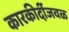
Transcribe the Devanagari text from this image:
कारकीर्दीजवळ